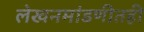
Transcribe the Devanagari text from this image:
लेखनमांडणीतही